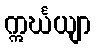
ဣင်္ဃယျာ